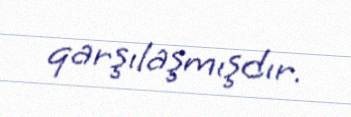
qarşılaşmışdır.